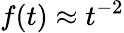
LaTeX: f(t)\approx t^{-2}